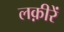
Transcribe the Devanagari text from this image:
लक़ीरें